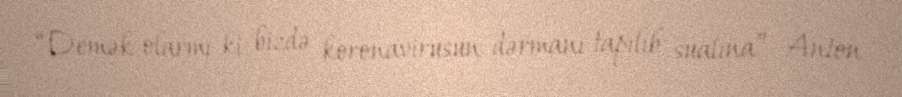
“Demək olarmı ki, bizdə koronavirusun dərmanı tapılıb sualına” Anton